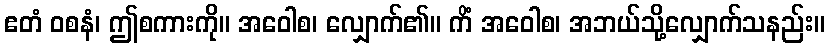
ဧတံ ဝစနံ၊ ဤစကားကို။ အဝေါစ၊ လျှောက်၏။ ကိံ အဝေါစ၊ အဘယ်သို့လျှောက်သနည်း။